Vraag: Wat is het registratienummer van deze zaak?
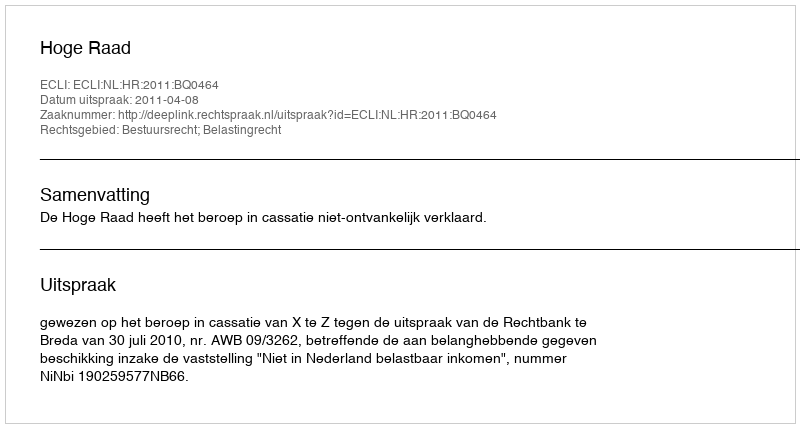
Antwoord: http://deeplink.rechtspraak.nl/uitspraak?id=ECLI:NL:HR:2011:BQ0464